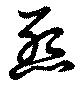
怨